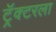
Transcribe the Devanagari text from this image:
ट्रॅक्टरला